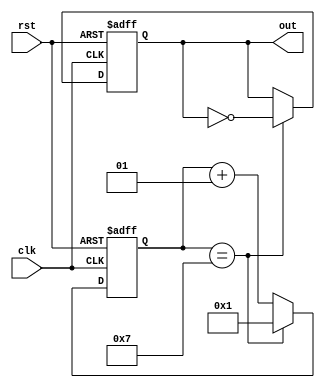
module Freq_Div_by_N(
    input clk,
    input rst,
    output reg out
    );
    
    localparam N = 7;
    integer counter;
    
    always @(posedge clk or negedge rst)
    begin
        if (!rst)
            out <= 0;
        else if (counter == N)
            out <= ~out;
        else
            out <= out;
    end
    
    always @(posedge clk or negedge rst)
    begin
        if (!rst)
            counter <= 1;
        else if (counter == N)
            counter <= 1;
        else
            counter <= counter + 1;
    end
endmodule